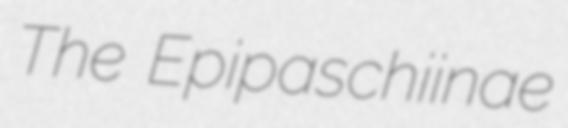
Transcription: The Epipaschiinae